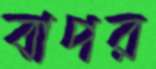
বাপর